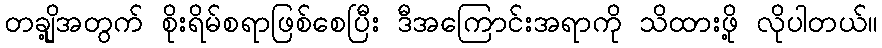
တချို့အတွက် စိုးရိမ်စရာဖြစ်စေပြီး ဒီအကြောင်းအရာကို သိထားဖို့ လိုပါတယ်။